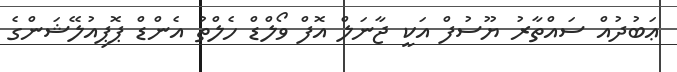
ޢަބުދުއް ސައްތާރު ޔޫސުފް އަކީ ޖާނަލް އޮފް ވޯލްޑް ހެލްތު އެންޑް ޕޮޕިއުލޭޝަންގެ